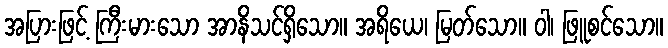
အပြားဖြင့် ကြီးမားသော အာနိသင်ရှိသော။ အရိယေ၊ မြတ်သော။ ဝါ၊ ဖြူစင်သော။